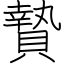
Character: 贄